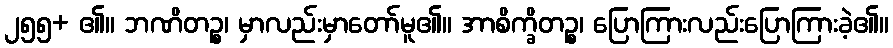
၂၅၅+ ၏။ ဘဏိတဉ္စ၊ မှာလည်းမှာတော်မူ၏။ အာစိက္ခိတဉ္စ၊ ပြောကြားလည်းပြောကြားခဲ့၏။